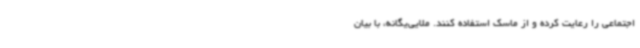
اجتماعی را رعایت کرده و از ماسک استفاده کنند. ملایی‌یگانه، با بیان